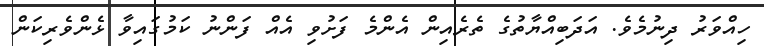
ހިއްވަރު ދިނުމެވެ. އަދަބިއްޔާތުގެ ތެރެއިން އެންމެ ފަށުވި އެއް ފަންނު ކަމުގައިވާ ޅެންވެރިކަން